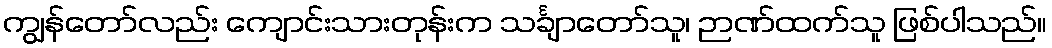
ကျွန်တော်လည်း ကျောင်းသားတုန်းက သင်္ချာတော်သူ၊ ဉာဏ်ထက်သူ ဖြစ်ပါသည်။